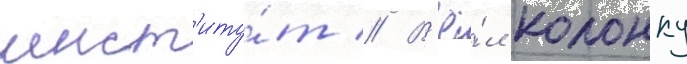
инст'иту́т // В'ё́л колонку